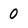
Character: 0